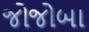
જોજોબા